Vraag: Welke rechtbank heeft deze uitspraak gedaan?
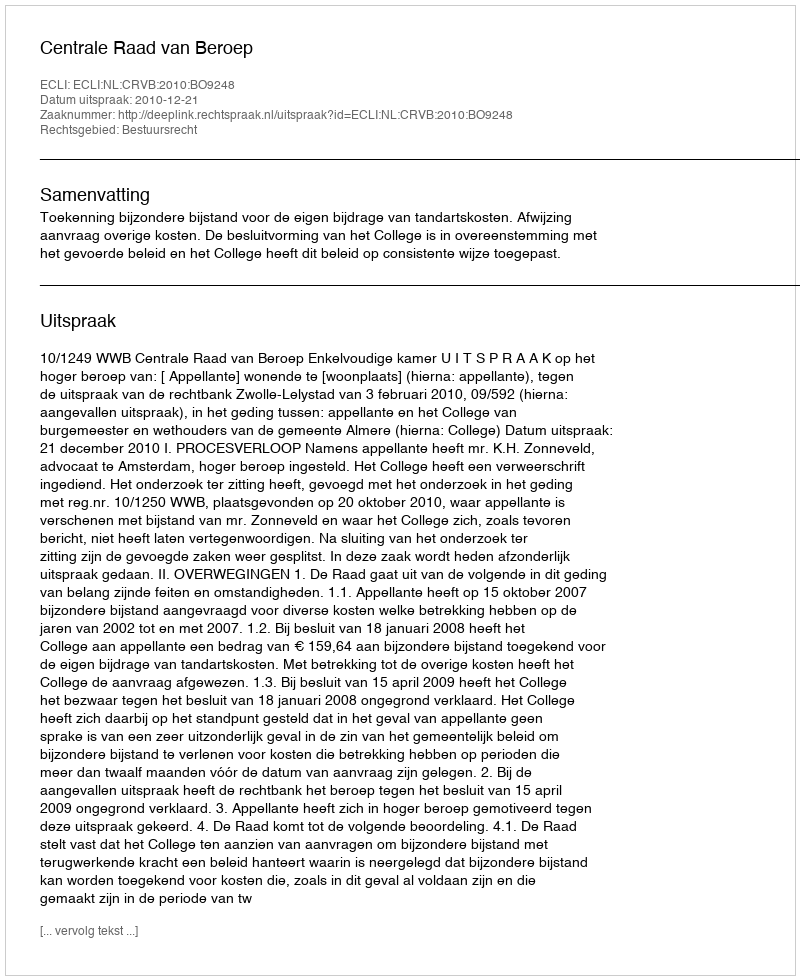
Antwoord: Centrale Raad van Beroep